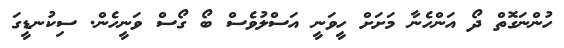
ހުންނަގޮތް ދޯ އަންހެނާ މަށަށް ހީވަނީ އަސްލުވެސް ބޯ ގޯސް ވަނީހެން. ސިކުނޑީގަ